Calcutta medical institutions reports 1892-1900
Year: 1892
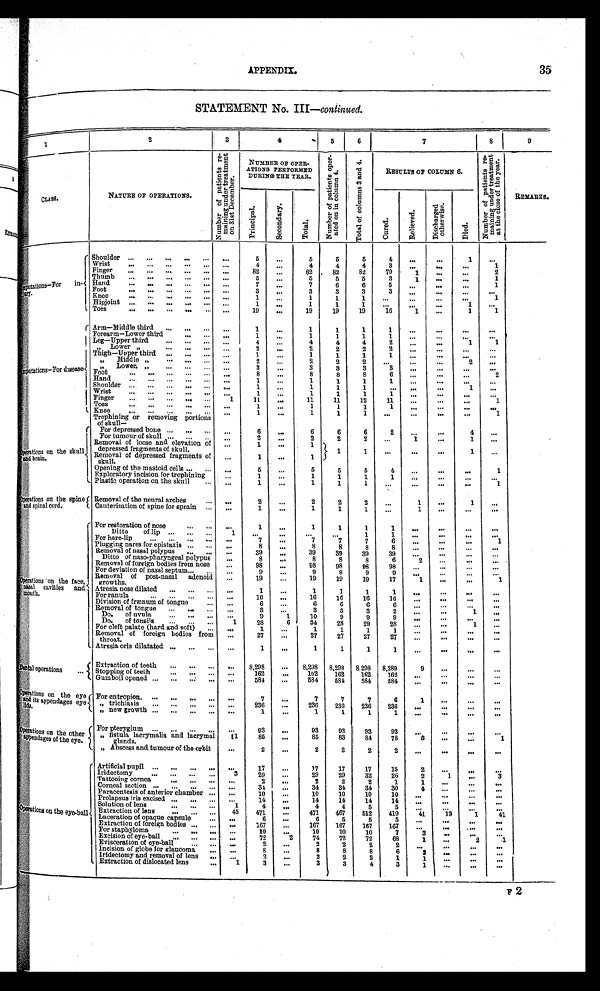
APPENDIX.
35
STATEMENT No. III—continued.
1
2
3
4
5
6
7
8
9
C L A S S .
NATURE OF OPERATIONS.
N u m b e r o f p a t i e n t s r e - m a i n i n g u n d e r t r e a t m e n t o n 3 1 s t D e c e m b e r .
NUMBER OF OPER-
ATIONS PERFORMED
DURING THE YEAR.
N u m b e r o f p a t i e n t s o p e r - a t e d o n i n c o l u m n 4 .
T o t a l o f c o l u m n s 3 a n d 4 .
RESULTS OF COLUMN 6.
N u m b e r o f p a t i e n t s r e - m a i n i n g u n d e r t r e a t m e n t a t t h e c l o s e o f t h e y e a r .
REMARKS.
Principal.
S e c o n d a r y .
T o t a l .
C u r e d .
R e l i e v e d .
D i s c h a r g e d o t h e r w i s e .
D i e d .
<illegible>putations-For in
- < i l l e g i b l e > r y .
Shoulder . . .
. . .
5
. . .
5
5
5
4
. . .
. . .
1
. . .
Wrist . . .
. . .
4
. . .
4
4
4
3
. . .
. . .
. . .
1
Finger . . .
. . .
82
. . .
82
82
82
79
1
. . .
. . .
2
Thumb . . .
. . .
5
. . .
5
5
5
3
1
. . .
. . .
1
Hand . . .
. . .
7
. . .
7
6
6
5
. . .
. . .
. . .
1
Foot . . .
. . .
3
. . .
3
3
3
3
. . .
. . .
. . .
. . .
Knee . . .
. . .
1
. . .
1
1
1
. . .
. . .
. . .
. . .
1
Hipjoint . . .
. . .
1
. . .
1
1
1
. . .
. . .
. . .
1
. . .
Toes . . .
. . .
19
. . .
19
19
19
16
1
. . .
1
1
< i l l e g i b l e > p u t a t i o n s - F o r d i s s e a s e
Arm—Middle third . . .
. . .
1
. . .
1
1
1
1
. . .
. . .
. . .
. . .
Forearm—Lower third . . .
. . .
1
. . .
1
1
1
1
. . .
. . .
. . .
. . .
Leg—Upper third . . .
. . .
4
. . .
4
4
4
2
. . .
. . .
1
1
" Lower " . . .
. . .
2
. . .
2
2
2
2
. . .
. . .
. . .
. . .
Thigh—Upper third . . .
. . .
1
. . .
1
1
1
1
. . .
. . .
. . .
. . .
" Middle " . . .
. . .
2
. . .
2
2
2
. . .
. . .
. . .
2
. . .
" Lower " . . .
. . .
3
. . .
3
3
3
3
. . .
. . .
. . .
. . .
Foot . . .
. . .
8
. . .
8
8
8
6
. . .
. . .
. . .
2
Hand . . .
. . .
1
. . .
1
1
1
1
. . .
. . .
. . .
. . .
Shoulder . . .
. . .
1
. . .
1
1
1
. . .
. . .
. . .
1
. . .
Wrist . . .
. . .
1
. . .
1
1
1
1
. . .
. . .
. . .
. . .
Finger . . .
1
11
. . .
11
11
12
11
. . .
. . .
. . .
1
Toes . . .
. . .
1
. . .
1
1
1
1
. . . . . .
. . .
. . .
Knee . . .
. . .
1
. . .
1
1
1
. . .
. . .
. . .
. . .
1
O p e r a t i o n s o n t h e s k u l l
and brain.
Trephining or removing portions
of skull
—
For depressed bone . . .
. . .
6
. . .
6
6
6
2
. . .
. . .
4
. . .
For tumour of skull . . .
. . .
2
. . .
2
2
2
. . .
1
. . .
1
. . .
Removal of loose and elevation of
depressed
fragments of skull.
. . .
1
. . .
1
1
1
. . .
. . . . . .
1
. . .
Removal of depressed fragments of
skull.
. . .
1
. . .
1
Opening of the mastoid cells . . .
. . .
5
. . .
5
5
5
4
. . .
. . .
. . .
1
Exploratory incision for trephining
. . .
1
. . .
1
1
1
1
. . .
. . .
. . .
. . .
P l a s t i c o p e r a t i o n o n t h e s k u l l . . .
. . .
1
. . .
1
1
1
. . .
. . .
. . .
. . .
1
Operations on the spine
and spinal cord.
Removal of the neural arches . . .
. . .
2
. . .
2
2
2
. . .
1
. . .
1
. . .
Cauterisation of spine for sprain . . .
. . .
1
. . .
1
1
1
. . .
1
. . .
. . .
. . .
O p e r a t i o n s o n
t h e f a c e ,
nasal cavities and m o u t h .
F o r r e s t o r a t i o n o f n o s e . . .
. . .
1
. . .
1
1
1
1
. . .
. . .
. . .
. . .
D i t t o o f l i p
. . .
1
. . .
. . .
. . .
. . .
1
1
. . .
. . .
. . .
. . .
For hare-lip
. . .
. . .
7
. . .
7
7
7
6
. . .
. . .
. . .
1
Plugging nares for epistaxis . . .
. . .
8
. . .
8
8
8
8
. . .
. . .
. . .
. . .
Removal of nasal polypus . . .
. . .
39
. . .
39
39
39
39
. . .
. . .
. . .
. . .
Ditto of naso-pharyngeal polypus
. . .
8
. . .
8
8
8
6
2
. . .
. . .
. . .
Removal of foreign bodies from nose
. . .
98
. . .
98
98
98
98
. . .
. . .
. . .
. . .
For deviation of nasal septum . . .
. . .
9
. . .
9
9
9
9
. . .
. . .
. . .
. . .
Removal of post-nasal adenoid
growths.
. . .
19
. . .
19
19
19
17
1
. . .
. . .
1
Atresia nose dilated . . .
. . .
1
. . .
1
1
1
1
. . .
. . .
. . .
. . .
For ranula . . .
. . .
16
. . .
16
16
16
16
. . .
. . .
. . .
. . .
Division of frænum of tongue
. . .
. . .
6 . . .
6
6
6
6
. . .
. . .
. . .
. . .
Removal of tongue . . .
. . .
3
. . .
3
3
3
2
. . .
. . .
1
. . .
Do. of uvula . . .
. . .
9
1
10
9
9
9
. . .
. . .
. . .
. . .
Do. of tonsils . . .
1
28
6
34
28
29
28
. . .
. . .
1
. . .
For cleft palate (hard and soft) . . .
1
1
. . .
1
1
1
1
. . .
. . .
. . .
. . .
Removal of foreign bodies from throat.
. . .
27
. . .
27
27
27
27
. . . . . .
. . .
. . .
Atresia oris dilatated . . .
. . .
1
. . .
1
1
1
1
. . .
. . . . . .
. . .
Dental operations
. . .
Extraction of teeth
. . .
. . .
8,298
. . .
8,298
8,298
8,298
8,289
9
. . .
. . .
. . .
S t o p p i n g o f t e e t h . . .
. . .
162
. . .
162
162
162
162
. . .
. . .
. . .
. . .
Gumboil opened . . .
. . .
584
. . .
584
584
584
584
. . .
. . .
. . .
. . .
Operations on the eye
and its appendages eye lids.
For entropion. . . .
. . .
7
. . .
7
7
7
6
1
. . .
. . .
. . .
" trichiasis
. . .
. . .
236
. . .
236
236
236
236
. . .
. . .
. . .
. . .
" new growth . . .
. . .
1
. . .
1
1
1
1
. . .
. . . . . .
. . .
Operationson the oth
er
appendages of the eye.
For pterygium . . .
. . .
93
. . .
93
93
93
93
. . .
. . .
. . .
. . .
" fistula lacrymalis and lacrymal
glands.
11
85
. . .
85
83
84
78
5
. . .
. . .
1
" Abscess and tumour of the orbit
. . .
2
. . .
2
2
2
2
. . .
. . . . . .
. . .
O p e r a t i o n s o n t h e e y e - b a l l
Artificial pupil . . .
. . .
17
. . .
17
17
17
15
2
. . .
. . .
. . .
Iridectomy . . .
3
29
. . .
29
29
32
26
2
1
. . .
3
Tattooing cornea . . .
. . .
2
. . .
2
2
2
1
1
. . .
. . .
. . .
Corneal section . . .
. . .
34
. . .
34
34
34
30
4
. . .
. . .
. . .
Paracentesis of anterior chamber . . .
. . .
10
. . .
10
10
10
10
. . .
. . .
. . .
. . .
Prolapsus iris excised . . .
. . .
14
. . .
14
14
14
14
. . .
. . .
. . .
. . .
Solution of lens . . .
1
4
. . .
4
4
5
5
. . .
. . .
. . .
. . .
Extraction of lens . . .
45
471
. . .
471
467
512
410
41
19
1
41
Laceration of opaque capsule . . .
. . .
6
. . .
6
5
5
5
. . .
. . .
. . .
. . .
Extraction of foreign bodies . . .
. . .
167
. . .
167
167
167
167
. . .
. . .
. . .
. . .
For staphyloma . . .
. . .
10
. . .
10
10
10
7
3
. . .
. . .
. . .
Excision of eye-ball . . .
. . .
72
2
74
72
72
68
1
. . .
2
1
Evisceration of eye-ball . . .
. . .
2
. . .
2
2
2
2
. . .
. . .
. . .
. . .
Incision of globe for glaucoma . . .
. . .
8
. . .
8
8
8
6
2
. . .
. . .
. . .
Iridectomy and removal of lens
. . .
. . .
2
. . .
2
2
2
1
1
. . .
. . .
. . .
Extraction of dislocated lens . . .
1
3
. . .
3
3
4
3
1
. . .
. . .
. . .
F 2